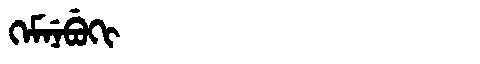
Manchu: ᡴᡝᠮᠨᡝᠪᡠᡴᡳ
Romanization: KEMNEBUKI